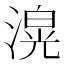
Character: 𭲄